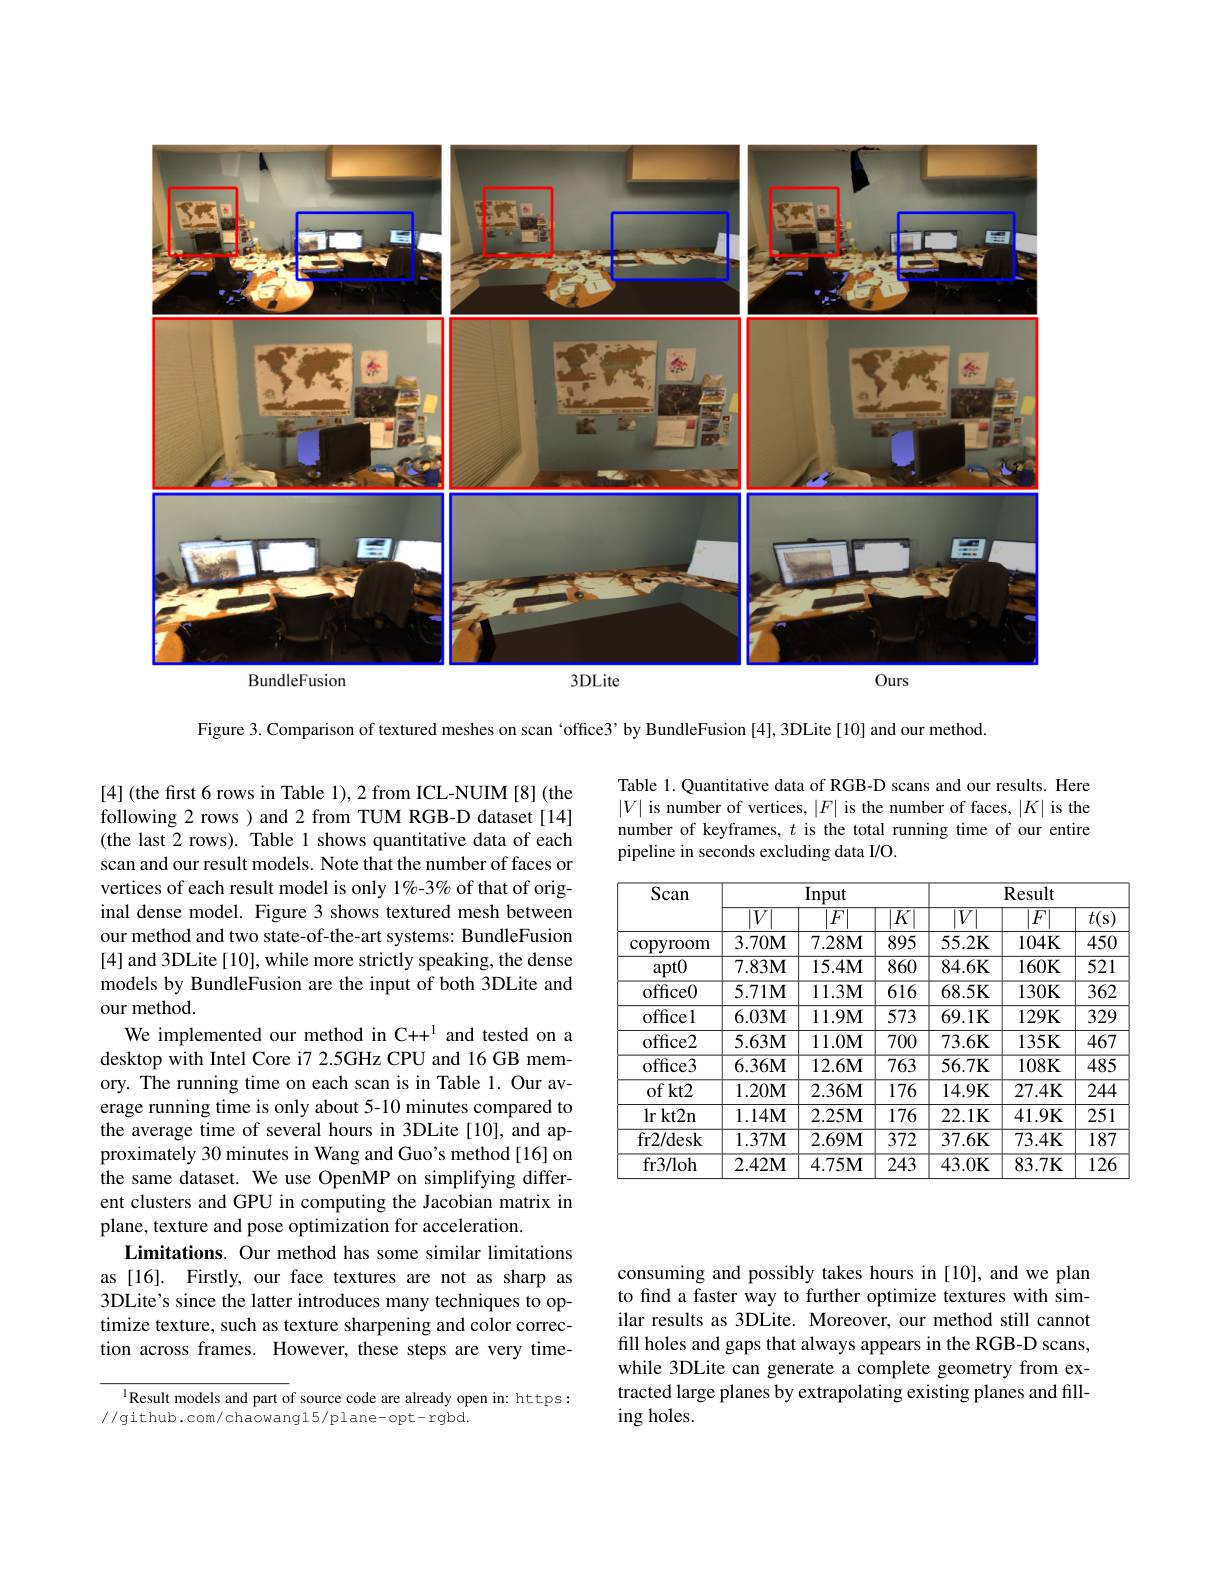
<FigureHere>

Figure 3. Comparison of textured meshes on scan ‘office3’by BundleFusion [4], 3DLite[10] and our method.

Table 1. Quantitative data of RGB-D scans and our results. Here $|V|$ is number of vertices, $|F|$ is the number of faces, $|K|$ is the number of keyframes, $t$ is the total running time of our entire pipeline in seconds excluding data I/O.

<table>
	<tbody>
		<tr>
			<th rowspan="2">$\overline{\mathrm{Scan}}$</th>
			<th colspan="3">Input</th>
			<th colspan="3">Result</th>
		</tr>
		<tr>
			<th>$|{V}$</th>
			<th>$\overline{F}$</th>
			<th>$\overline{K}$</th>
			<th>$\overline{|V}$</th>
			<th>$\overline{F}$</th>
			<th>$\overline{t(\mathrm{s})}$</th>
		</tr>
		<tr>
			<td>$\operatorname{copvroom}$</td>
			<td>$3.70\mathbf{M}$</td>
			<td>$7.28\mathbf{M}$</td>
			<td>895</td>
			<td>$55.2\mathbf{K}$</td>
			<td>$104K$</td>
			<td>450</td>
		</tr>
		<tr>
			<td>$apt0$</td>
			<td>$7.83\mathbf{M}$</td>
			<td>$15.4\mathbf{M}$</td>
			<td>860</td>
			<td>84.6K</td>
			<td>$160K$</td>
			<td>$\overline{521}$</td>
		</tr>
		<tr>
			<td>office0</td>
			<td>$5.71\mathbf{M}$</td>
			<td>$11.3\mathbf{M}$</td>
			<td>$\overline{616}$</td>
			<td>68.5K</td>
			<td>$130\mathbf{K}$</td>
			<td>$\overline{362}$</td>
		</tr>
		<tr>
			<td>officel</td>
			<td>$6.03M$</td>
			<td>$11.9\mathbf{M}$</td>
			<td>573</td>
			<td>$69.1K$</td>
			<td>$129K$</td>
			<td>329</td>
		</tr>
		<tr>
			<td>office2</td>
			<td>$5.63M$</td>
			<td>$11.0\mathbf{M}$</td>
			<td>700</td>
			<td>73.6K</td>
			<td>$135K$</td>
			<td>467</td>
		</tr>
		<tr>
			<td>office3</td>
			<td>$6.36M$</td>
			<td>$12.6\mathbf{M}$</td>
			<td>763</td>
			<td>$56.7\mathbf{K}$</td>
			<td>$108K$</td>
			<td>$\overline{485}$</td>
		</tr>
		<tr>
			<td>$ofkt2$</td>
			<td>$1.20\mathbf{M}$</td>
			<td>$2.36\mathbf{M}$</td>
			<td>$\overline{176}$</td>
			<td>14.9K</td>
			<td>$27.4K$</td>
			<td>$\overline{244}$</td>
		</tr>
		<tr>
			<td>$lrkt2n$</td>
			<td>$1.14\mathbf{M}$</td>
			<td>$2.25\mathbf{M}$</td>
			<td>176</td>
			<td>22.1K</td>
			<td>41.9K</td>
			<td>251</td>
		</tr>
		<tr>
			<td>fr2/ desk</td>
			<td>$1.37\mathbf{M}$</td>
			<td>$2.69\mathbf{M}$</td>
			<td>372</td>
			<td>37.6K</td>
			<td>73.4K</td>
			<td>187</td>
		</tr>
		<tr>
			<td>fr3/ loh</td>
			<td>$2.42\mathbf{M}$</td>
			<td>4.75M</td>
			<td>243</td>
			<td>43.0K</td>
			<td>$83.7K$</td>
			<td>126</td>
		</tr>
	</tbody>
</table>

[4] (the frst 6 rows in Table 1),2 from ICL-NUIM [8](the following 2 rows ) and 2 from TUM RGB-D dataset[14] (the last 2 rows). Table 1 shows quantitative data of each scan and our result models. Note that the number of faces or vertices of each result model is only 1%-3% of that of original dense model. Figure 3 shows textured mesh between our method and two state-of-the-art systems: BundleFusion [4] and 3DLite [10], while more strictly speaking, the dense models by BundleFusion are the input of both 3DLite and our method.
We implemented our method in C++$^{1}$ and tested on a desktop with Intel Core i7 2.5GHz CPU and 16 GB memory. The running time on each scan is in Table 1. Our average running time is only about 5-10 minutes compared to the average time of several hours in 3DLite[10], and approximately 30 minutes in Wang and Guo's method [16] on the same dataset. We use OpenMP on simplifying different clusters and GPU in computing the Jacobian matrix in plane, texture and pose optimization for acceleration.
Limitations. Our method has some similar limitations as [16]. Firstly, our face textures are not as sharp as 3DLite's since the latter introduces many techniques to optimize texture, such as texture sharpening and color correction across frames. However, these steps are very time-

consuming and possibly takes hours in [10], and we plan to find a faster way to further optimize textures with similar results as 3DLite. Moreover, our method still cannot fill holes and gaps that always appears in the RGB-D scans, while 3DLite can generate a complete geometry from extracted large planes by extrapolating existing planes and filling holes.

$^{1}$Result models and part of source code are already open in: https:
//github.com/chaowang15/plane-opt-rgbd.